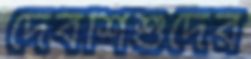
দেবশিশুদের